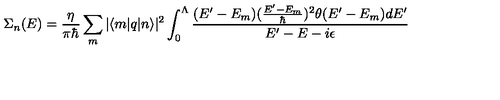
\Sigma _ { n } ( E ) = \frac { \eta } { \pi \hbar } \sum _ { m } | \langle m | q | n \rangle | ^ { 2 } \int _ { 0 } ^ { \Lambda } \frac { ( E ^ { \prime } - E _ { m } ) ( \frac { E ^ { \prime } - E _ { m } } { \hbar } ) ^ { 2 } \theta ( E ^ { \prime } - E _ { m } ) d E ^ { \prime } } { E ^ { \prime } - E - i \epsilon }